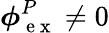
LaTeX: \boldsymbol\phi{}_{\mathrm{~e~x~}}^{P}\neq 0